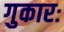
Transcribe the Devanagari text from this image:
गुकारः